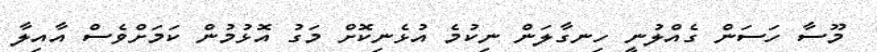
މޫސާ ހަސަން ގެއްލުނީ ހިނގާލަން ނިކުމެ އުޅެނިކޮށް މަގު އޮޅުމުން ކަމަށްވެސް އާއިލާ